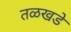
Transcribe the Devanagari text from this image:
तळखडे